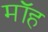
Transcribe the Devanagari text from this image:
मॉह